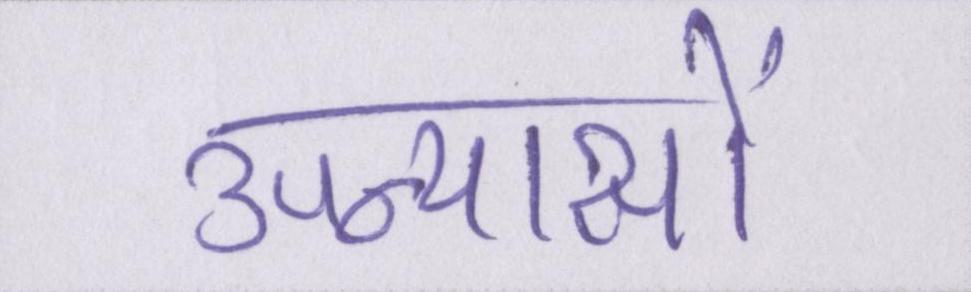
उपन्यासों